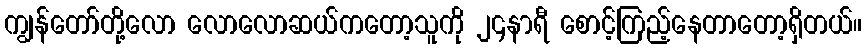
ကျွန်တော်တို့လော လောလောဆယ်ကတော့သူကို ၂၄နာရီ စောင့်ကြည့်နေတာတော့ရှိတယ်။